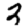
Digit: 3